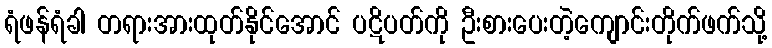
ရံဖန်ရံခါ တရားအားထုတ်နိုင်အောင် ပဋိပတ်ကို ဦးစားပေးတဲ့ကျောင်းတိုက်ဖက်သို့